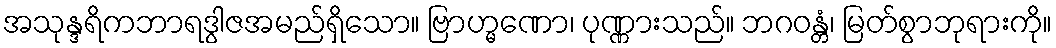
အသုန္ဒရိကဘာရဒွါဇအမည်ရှိသော။ ဗြာဟ္မဏော၊ ပုဏ္ဏားသည်။ ဘဂဝန္တံ၊ မြတ်စွာဘုရားကို။